Annual report of lunatic asylums [Bombay] - 1912-1922
Year: 1912
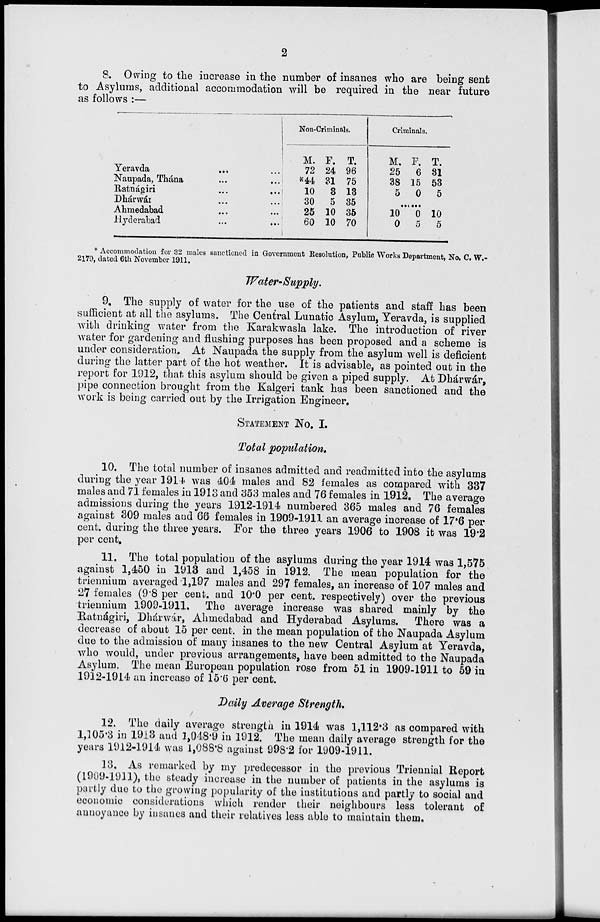
2
8. Owing to the increase in the number of insanes who are being sent
to Asylums, additional accommodation will be required in the near future
as follows :—
Yeravda ... ...
Naupada, Thána ... ...
Ratnágiri ... ...
Dhárwár ... ...
Ahmedabad ... ...
Hyderabad
...
...
Non-Criminals.
M.
72
*44
10
30
25
60
F.
24
31
3
5
10
10
T.
96
75
13
35
35
70
Criminals.
M.
25
38
5
F.
6
15
0
T.
31
53
5
.....
10
0
0
5
10
5
* Accommodation for 32 males sanctioned in Government Resolution, Public Works Department, No. C. W.-
2179, dated 6th November 1911.
Water- Supply.
9. The supply of water for the use of the patients and staff has been
sufficient at all the asylums. The Central Lunatic Asylum, Yeravda, is supplied
with drinking water from the Karakwasla lake. The introduction of river
water for gardening and flushing purposes has been proposed and a scheme is
under consideration. At Naupada the supply from the asylum well is deficient
during the latter part of the hot weather. It is advisable, as pointed out in the
report for 1912, that this asylum should be given a piped supply. At Dhárwár,
pipe connection brought from the Kalgeri tank has been sanctioned and the
work is being carried out by the Irrigation Engineer.
STATEMENT No. I.
Total population.
10. The total number of insanes admitted and readmitted into the asylums
during the year 1914 was 404 males and 82 females as compared with 337
males and 71 females in 1913 and 353 males and 76 females in 1912. The average
admissions during the years 1912-1914 numbered 365 males and 76 females
against 309 males and 66 females in 1909-1911 an average increase of 17.6 per
cent. during the three years. For the three years 1906 to 1908 it was 19.2
per cent.
11. The total population of the asylums during the year 1914 was 1,575
against 1,450 in 1913 and 1,458 in 1912. The mean population for the
triennium averaged 1,197 males and 297 females, an increase of 107 males and
27 females (9.8 per cent. and 10.0 per cent. respectively) over the previous
triennium 1909-1911. The average increase was shared mainly by the
Ratnágiri, Dhárwár, Ahmedabad and Hyderabad Asylums. There was a
decrease of about 15 per cent. in the mean population of the Naupada Asylum
due to the admission of many insanes to the new Central Asylum at Yeravda,
who would, under previous arrangements, have been admitted to the Naupada
Asylum. The mean European population rose from 51 in 1909-1911 to 59 in
1912-1914 an increase of 15.6 per cent.
Daily Average Strength.
12. The daily average strength in 1914 was 1,112.3 as compared with
1,105.3 in 1913 and 1,048.9 in 1912. The mean daily average strength for the
years 1912-1914 was 1,088.8 against 998.2 for 1909-1911.
13. As remarked by my predecessor in the previous Triennial Report
(1909-1911), the steady increase in the number of patients in the asylums is
partly due to the growing popularity of the institutions and partly to social and
economic considerations which render their neighbours less tolerant of
annoyance by insanes and their relatives less able to maintain them.